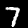
Digit: 7